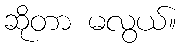
ဆိုတာ မလွယ်။